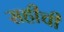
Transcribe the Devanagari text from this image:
सहीची